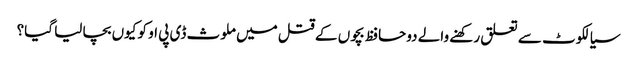
سیالکوٹ سے تعلق رکھنے والے دوحافظ بچوں کے قتل میں ملوث ڈی پی او کو کیوں بچا لیا گیا؟